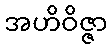
အဟိဝိဇ္ဇာ